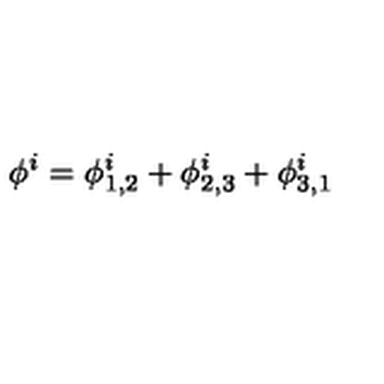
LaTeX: \phi ^ { i } = \phi _ { 1 , 2 } ^ { i } + \phi _ { 2 , 3 } ^ { i } + \phi _ { 3 , 1 } ^ { i }